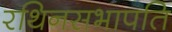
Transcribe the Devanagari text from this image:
रथिनसभापति